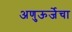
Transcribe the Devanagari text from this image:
अणुऊर्जेचा